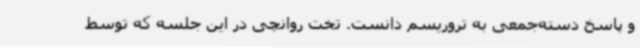
و پاسخ دسته‌جمعی به تروریسم دانست. تخت روانچی در این جلسه که توسط